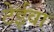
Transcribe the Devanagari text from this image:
टेईवा